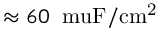
\approx 6 0 \: \mathrm { \ m u F / c m ^ { 2 } }